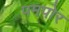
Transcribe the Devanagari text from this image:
पमपोर